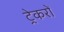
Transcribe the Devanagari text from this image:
ट्रेकरों